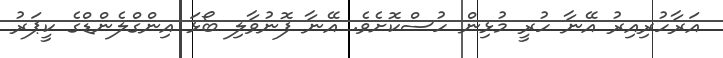
އަރާހުރިއިރު އޭނާ ހުރީ މުޅިން ހުސްކޮށެވެ. އޭނާ ފޮނުވާލި ބޯޅަ އިންގްލެންޑްގެ ކީޕަރު